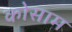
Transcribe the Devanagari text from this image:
कोसाम